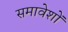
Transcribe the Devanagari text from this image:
समावेशों